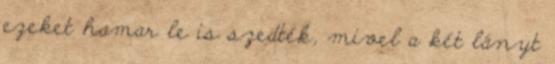
ezeket hamar le is szedték, mivel a két lányt